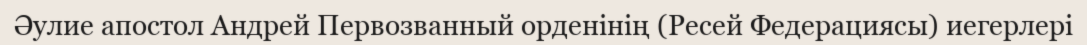
Әулие апостол Андрей Первозванный орденінің (Ресей Федерациясы) иегерлері